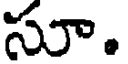
సూ.